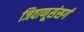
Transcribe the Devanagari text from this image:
जिवाणूसंसर्ग